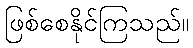
ဖြစ်စေနိုင်ကြသည်။